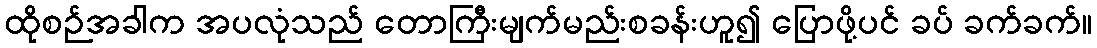
ထိုစဉ်အခါက အပလုံသည် တောကြီးမျက်မည်းစခန်းဟူ၍ ပြောဖို့ပင် ခပ် ခက်ခက်။